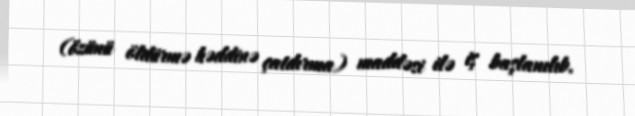
(özünü öldürmə həddinə çatdırma) maddəsi ilə iş başlanılıb.